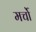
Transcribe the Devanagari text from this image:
मर्चो